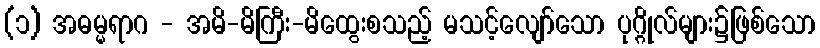
(၁) အဓမ္မရာဂ - အမိ-မိကြီး-မိထွေးစသည့် မသင့်လျော်သော ပုဂ္ဂိုလ်များ၌ဖြစ်သော